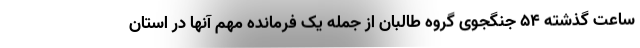
ساعت گذشته ۵۴ جنگجوی گروه طالبان از جمله یک فرمانده مهم آنها در استان